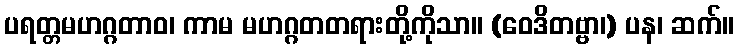
ပရတ္တမဟဂ္ဂတာဝ၊ ကာမ မဟဂ္ဂတတရားတို့ကိုသာ။ (ဝေဒိတဗ္ဗာ၊) ပန၊ ဆက်။